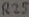
Text: R25